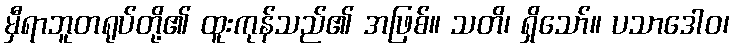
မှီရာဘူတရုပ်တို့၏ ထူးကုန်သည်၏ အဖြစ်။ သတိ၊ ရှိသော်။ ပသာဒေါဝ၊